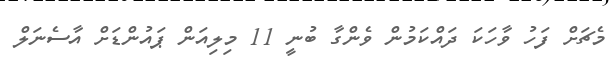
މެޗަށް ފަހު ވާހަކަ ދައްކަމުން ވެންގާ ބުނީ 11 މިލިއަން ޕައުންޑަށް އާސެނަލް